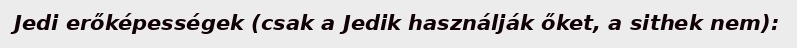
Jedi erőképességek (csak a Jedik használják őket, a sithek nem):